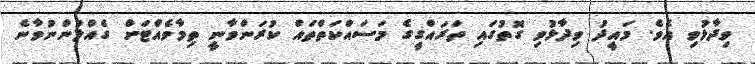
ވިދާޅުވި އެވެ. މައީދު ވިދާޅުވި ގޮތުގައި ތަރައްގީގެ މަސައްކަތްތައް ކުރަންވާނީ ތިމާވެއްޓަށް ގެއްލުންނުވާނެ